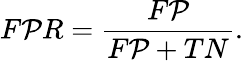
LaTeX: F\mathcal{P}R=\frac{{F\mathcal{P}}}{{F\mathcal{P}+TN}}.